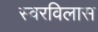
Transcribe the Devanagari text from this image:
स्वरविलास